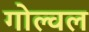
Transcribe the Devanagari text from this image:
गोल्वल